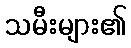
သမီးများ၏